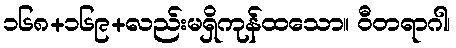
၁၆၈+၁၆၉+လည်းမရှိကုန်ထသော။ ဝီတရာဂါ၊